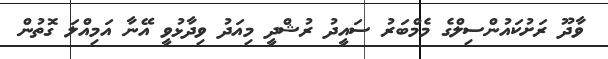
ވާދޫ ރަށުކައުންސިލްގެ މެމްބަރު ސައީދު ރުޝްދީ މިއަދު ވިދާޅުވީ އޭނާ އަމިއްލަ ގޮތުން